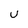
Character: U